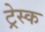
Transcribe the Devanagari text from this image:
ट्रेस्क